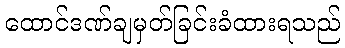
ထောင်ဒဏ်ချမှတ်ခြင်းခံထားရသည်